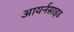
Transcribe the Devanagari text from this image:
आयर्नसाइड